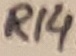
Text: R14